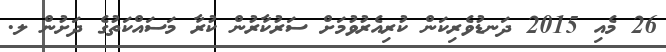
26 މެއި 2015 ދަނޑުވެރިކަން ކުރިއެރުވުމަށް ސަރުކާރުން ކުރާ މަސައްކަތުގެ ދަށުން ލ.